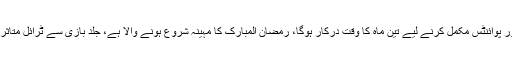
وکیل خواجہ حارث نے دلائل دیتے ہوئے کہا کہ ٹرائل اور پوائنٹس مکمل کرنے لیے تین ماہ کا وقت درکار ہوگا، رمضان المبارک کا مہینہ شروع ہونے والا ہے، جلد بازی سے ٹرائل متاثر ہونے اور ملزمان کا فئیر ٹرائل کا حق متاثر ہوسکتا ہے۔